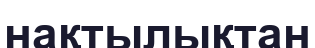
нақтылықтан